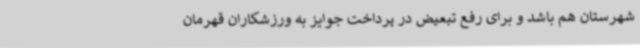
شهرستان هم باشد و برای رفع تبعیض در پرداخت جوایز به ورزشکاران قهرمان